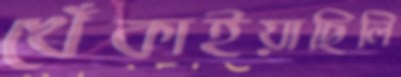
খেঁকাইয়াছিলি